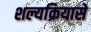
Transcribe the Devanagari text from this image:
शल्यक्रियासे